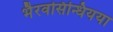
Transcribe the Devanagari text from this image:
भैरवसिन्धियया